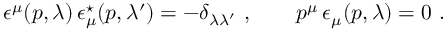
\epsilon ^ { \mu } ( p , \lambda ) \, \epsilon _ { \mu } ^ { \star } ( p , \lambda ^ { \prime } ) = - \delta _ { \lambda \lambda ^ { \prime } } \ , \qquad p ^ { \mu } \, \epsilon _ { \mu } ( p , \lambda ) = 0 \ .